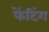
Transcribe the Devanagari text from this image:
फेंटिंग